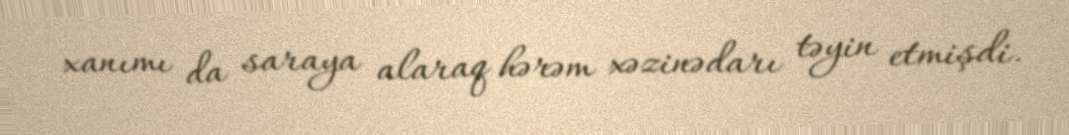
xanımı da saraya alaraq hərəm xəzinədarı təyin etmişdi.